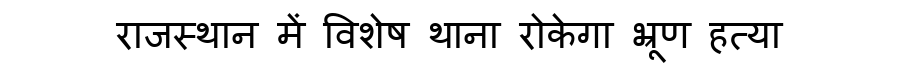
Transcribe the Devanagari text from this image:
राजस्थान में विशेष थाना रोकेगा भ्रूण हत्या